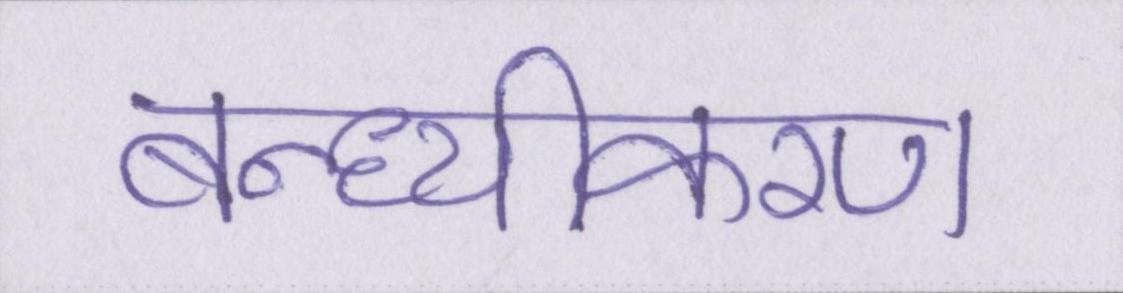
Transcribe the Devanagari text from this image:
बन्ध्यीकरण